Lunatic asylums Madras 1892-1911 - 1892-1911
Year: 1892
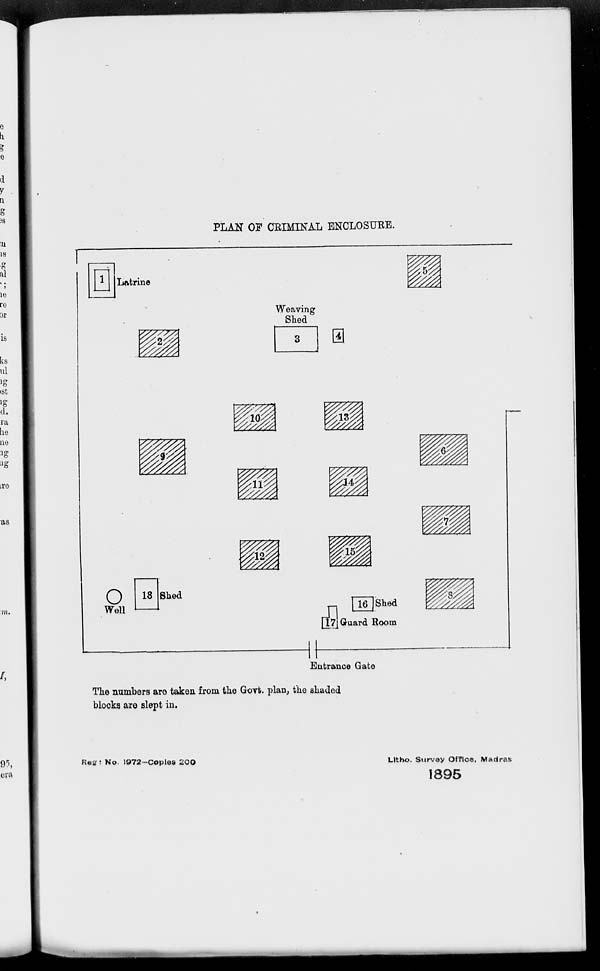
PLAN OF CRIMINAL ENCLOSURE.
The numbers are taken from the Govt. plan, the shaded
blocks are slept in.
Reg: No. 1972-Copies 200
Litho. Survey Office, Madras
1895